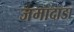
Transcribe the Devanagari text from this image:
जमादाडा